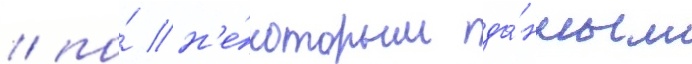
/ по́ н'е́которым да́нным